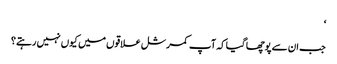
‘
جب ان سے پوچھا گیا کہ آپ کمرشل علاقوں میں کیوں نہیں رہتے؟